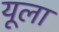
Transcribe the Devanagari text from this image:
यूला